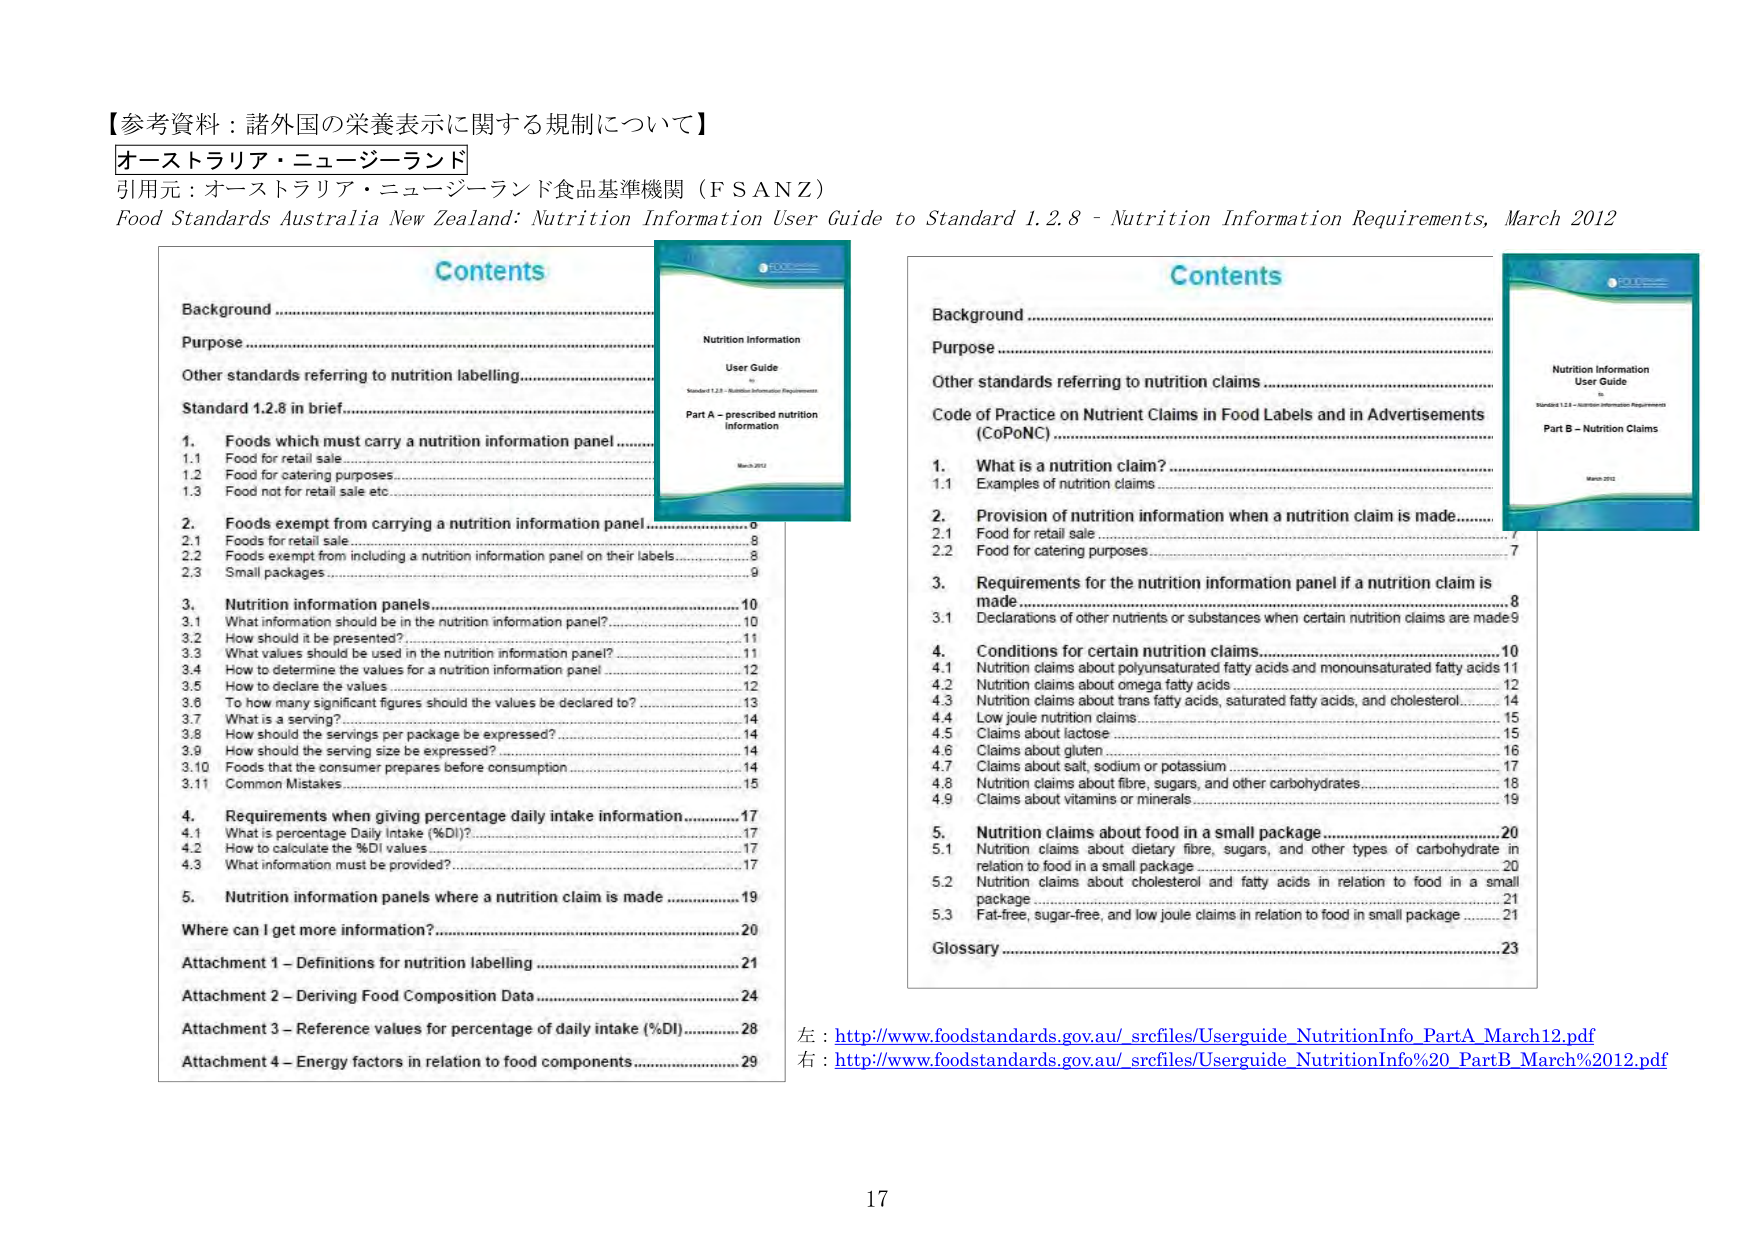
【参考資料：諸外国の栄養表示に関する規制について】
オーストラリア・ニュージーランド
引用元：オーストラリア・ニュージーランド食品基準機関（ＦＳＡＮＺ）
Food Standards Australia New Zealand: Nutrition Information User Guide to Standard 1.2.8 - Nutrition Information Requirements, March 2012

Contents
Background
Purpose
Other standards referring to nutrition labelling
Standard 1.2.8 in brief
1. Foods which must carry a nutrition information panel
1.1 Food for retail sale
1.2 Food for catering purposes
1.3 Food not for retail sale etc
2. Foods exempt from carrying a nutrition information panel
2.1 Foods for retail sale
2.2 Foods exempt from including a nutrition information panel on their labels
2.3 Small packages
3. Nutrition information panels
3.1 What information should be in the nutrition information panel?
3.2 How should it be presented?
3.3 What values should be used in the nutrition information panel?
3.4 How to determine the values for a nutrition information panel
3.5 How to declare the values
3.6 To how many significant figures should the values be declared to?
3.7 What is a serving?
3.8 How should the servings per package be expressed?
3.9 How should the serving size be expressed?
3.10 Foods that the consumer prepares before consumption
3.11 Common Mistakes
4. Requirements when giving percentage daily intake information
4.1 What is percentage Daily Intake (%DI)?
4.2 How to calculate the %DI values
4.3 What information must be provided?
5. Nutrition information panels where a nutrition claim is made
Where can I get more information?
Attachment 1 – Definitions for nutrition labelling
Attachment 2 – Deriving Food Composition Data
Attachment 3 – Reference values for percentage of daily intake (%DI)
Attachment 4 – Energy factors in relation to food components

Nutrition Information
User Guide
Standard 1.2.8 – Nutrition Information Requirements
Part A – prescribed nutrition information
March 2012

Contents
Background
Purpose
Other standards referring to nutrition claims
Code of Practice on Nutrient Claims in Food Labels and in Advertisements (CoPoNC)
1. What is a nutrition claim?
1.1 Examples of nutrition claims
2. Provision of nutrition information when a nutrition claim is made
2.1 Food for retail sale
2.2 Food for catering purposes
3. Requirements for the nutrition information panel if a nutrition claim is made
3.1 Declarations of other nutrients or substances when certain nutrition claims are made
4. Conditions for certain nutrition claims
4.1 Nutrition claims about polyunsaturated fatty acids and monounsaturated fatty acids
4.2 Nutrition claims about omega fatty acids
4.3 Nutrition claims about trans fatty acids, saturated fatty acids, and cholesterol
4.4 Low joule nutrition claims
4.5 Claims about lactose
4.6 Claims about gluten
4.7 Claims about salt, sodium or potassium
4.8 Nutrition claims about fibre, sugars, and other carbohydrates
4.9 Claims about vitamins or minerals
5. Nutrition claims about food in a small package
5.1 Nutrition claims about dietary fibre, sugars, and other types of carbohydrate in relation to food in a small package
5.2 Nutrition claims about cholesterol and fatty acids in relation to food in a small package
5.3 Fat-free, sugar-free, and low joule claims in relation to food in small package
Glossary

Nutrition Information
User Guide
Standard 1.2.8 – Nutrition Information Requirements
Part B – Nutrition Claims
March 2012

左：http://www.foodstandards.gov.au/_srcfiles/Userguide_NutritionInfo_PartA_March12.pdf
右：http://www.foodstandards.gov.au/_srcfiles/Userguide_NutritionInfo%20_PartB_March%202012.pdf

17